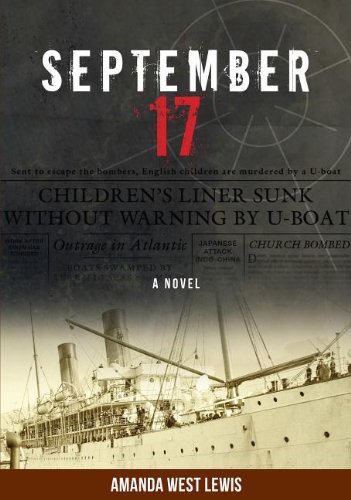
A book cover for September 17: A Novel; Amanda West Lewis; Teen & Young Adult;